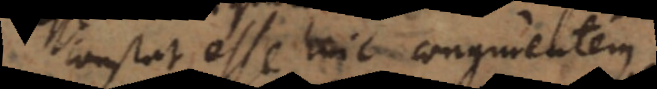
constat esse huic congruentem.